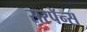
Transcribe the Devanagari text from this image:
सरपॅन्स